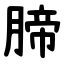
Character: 腣